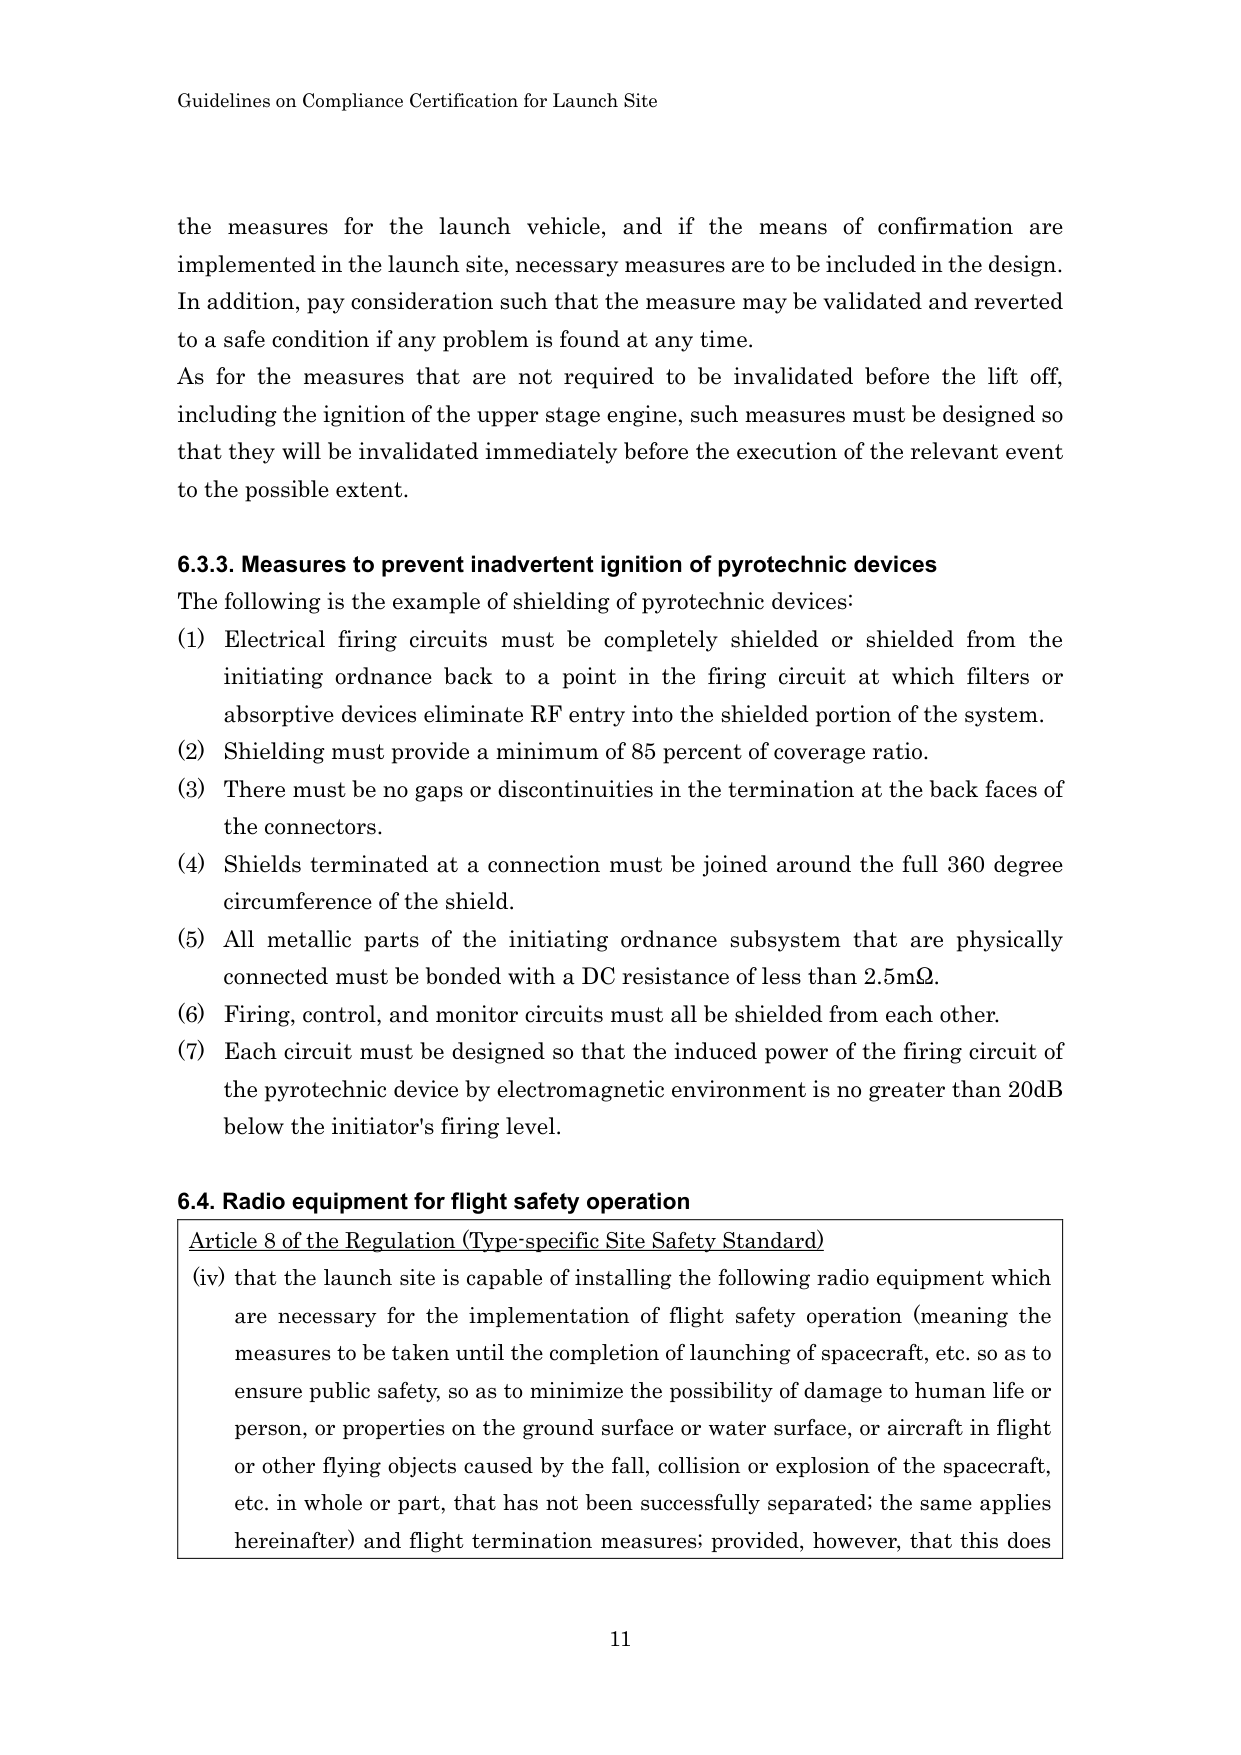
Guidelines on Compliance Certification for Launch Site

the measures for the launch vehicle, and if the means of confirmation are implemented in the launch site, necessary measures are to be included in the design. In addition, pay consideration such that the measure may be validated and reverted to a safe condition if any problem is found at any time. As for the measures that are not required to be invalidated before the lift off, including the ignition of the upper stage engine, such measures must be designed so that they will be invalidated immediately before the execution of the relevant event to the possible extent.

6.3.3. Measures to prevent inadvertent ignition of pyrotechnic devices
The following is the example of shielding of pyrotechnic devices:
(1) Electrical firing circuits must be completely shielded or shielded from the initiating ordnance back to a point in the firing circuit at which filters or absorptive devices eliminate RF entry into the shielded portion of the system.
(2) Shielding must provide a minimum of 85 percent of coverage ratio.
(3) There must be no gaps or discontinuities in the termination at the back faces of the connectors.
(4) Shields terminated at a connection must be joined around the full 360 degree circumference of the shield.
(5) All metallic parts of the initiating ordnance subsystem that are physically connected must be bonded with a DC resistance of less than 2.5mΩ.
(6) Firing, control, and monitor circuits must all be shielded from each other.
(7) Each circuit must be designed so that the induced power of the firing circuit of the pyrotechnic device by electromagnetic environment is no greater than 20dB below the initiator's firing level.

6.4. Radio equipment for flight safety operation
Article 8 of the Regulation (Type-specific Site Safety Standard)
(iv) that the launch site is capable of installing the following radio equipment which are necessary for the implementation of flight safety operation (meaning the measures to be taken until the completion of launching of spacecraft, etc. so as to ensure public safety, so as to minimize the possibility of damage to human life or person, or properties on the ground surface or water surface, or aircraft in flight or other flying objects caused by the fall, collision or explosion of the spacecraft, etc. in whole or part, that has not been successfully separated; the same applies hereinafter) and flight termination measures; provided, however, that this does

11